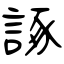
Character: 諑